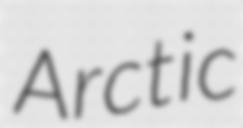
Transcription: Arctic